画像に写った文字を読んでください
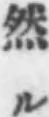
「然ル」と書いてあります